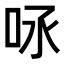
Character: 𠰿